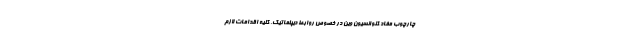
چارچوب مفاد کنوانسیون وین در خصوص روابط دیپلماتیک، کلیه اقدامات لازم